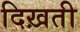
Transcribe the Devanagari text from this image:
दिख़ती